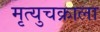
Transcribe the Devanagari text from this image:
मृत्युचक्राला